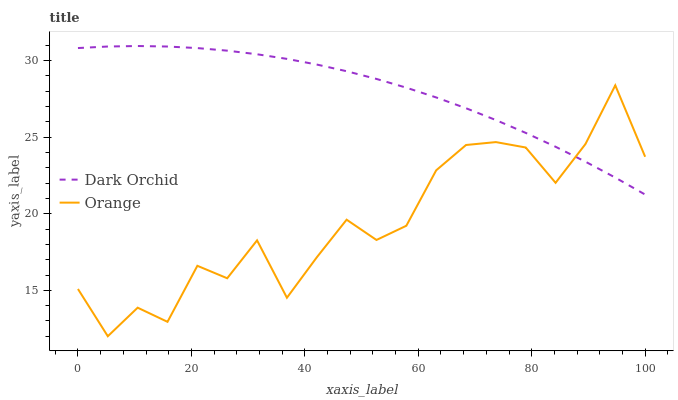
| xaxis_label | Dark Orchid | Orange |
 | --- | --- | --- |
 | 0 | 30.8 | 15.1 |
 | 5.26 | 30.9 | 12 |
 | 10.5 | 31 | 13.9 |
 | 15.8 | 30.9 | 12.9 |
 | 21.1 | 30.8 | 16.6 |
 | 26.3 | 30.7 | 15.8 |
 | 31.6 | 30.4 | 18.3 |
 | 36.8 | 30.1 | 14.5 |
 | 42.1 | 29.7 | 17.2 |
 | 47.4 | 29.3 | 19.6 |
 | 52.6 | 28.8 | 18.3 |
 | 57.9 | 28.2 | 19.2 |
 | 63.2 | 27.6 | 22.8 |
 | 68.4 | 26.9 | 24.5 |
 | 73.7 | 26.1 | 24.7 |
 | 78.9 | 25.3 | 24.3 |
 | 84.2 | 24.4 | 22 |
 | 89.5 | 23.4 | 24.6 |
 | 94.7 | 22.4 | 28.4 |
 | 100 | 21.3 | 23.7 |